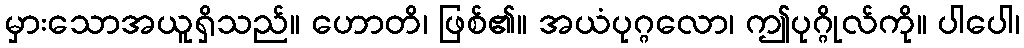
မှားသောအယူရှိသည်။ ဟောတိ၊ ဖြစ်၏။ အယံပုဂ္ဂလော၊ ဤပုဂ္ဂိုလ်ကို။ ပါပေါ၊